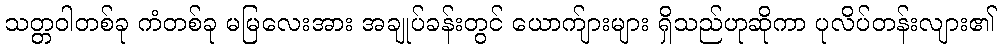
သတ္တဝါတစ်ခု ကံတစ်ခု မမြလေးအား အချုပ်ခန်းတွင် ယောက်ျားများ ရှိသည်ဟုဆိုကာ ပုလိပ်တန်းလျား၏